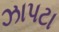
ઝાપટા